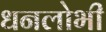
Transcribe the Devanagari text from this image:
धनलोभी